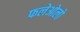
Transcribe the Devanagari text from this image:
फलेओलो